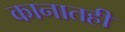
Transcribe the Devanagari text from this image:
कानातही